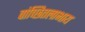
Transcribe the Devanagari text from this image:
वांच्छितलाभाय